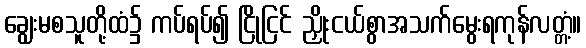
ချွေးမစသူတို့ထံ၌ ကပ်ရပ်၍ ငြိုငြင် ညှိုးငယ်စွာအသက်မွေးရကုန်လတ္တံ့။